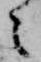
之